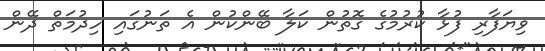
ވިޔަފާރި ފުޅާ ކުރުމުގެ ގޮތުން ކަލާ ބޭންކުން އެ ތަނުގައި ހިދުމަތް ދޭން